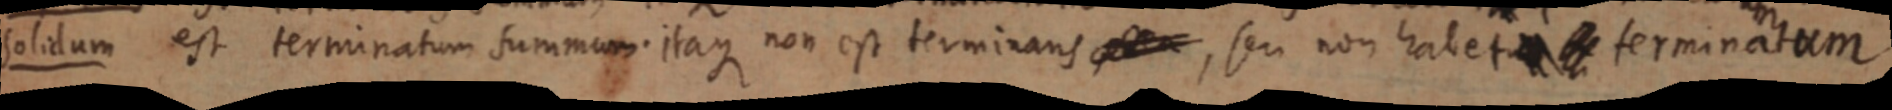
Solidum est terminatum summum. itaque non est terminans , seu non habet terminatum